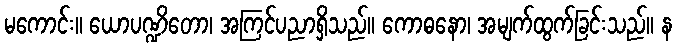
မကောင်း။ ယောပဏ္ဍိတော၊ အကြင်ပညာရှိသည်။ ကောဓနော၊ အမျက်ထွက်ခြင်းသည်။ န